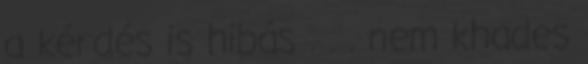
a kérdés is hibás . . . nem khades